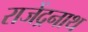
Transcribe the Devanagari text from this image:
राजेंद्रनाथ